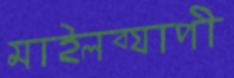
মাইলব্যাপী